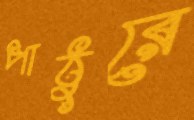
পাঠুরে